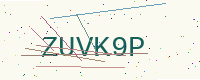
Text: ZUVK9P